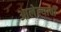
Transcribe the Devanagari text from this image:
आलेल्याची